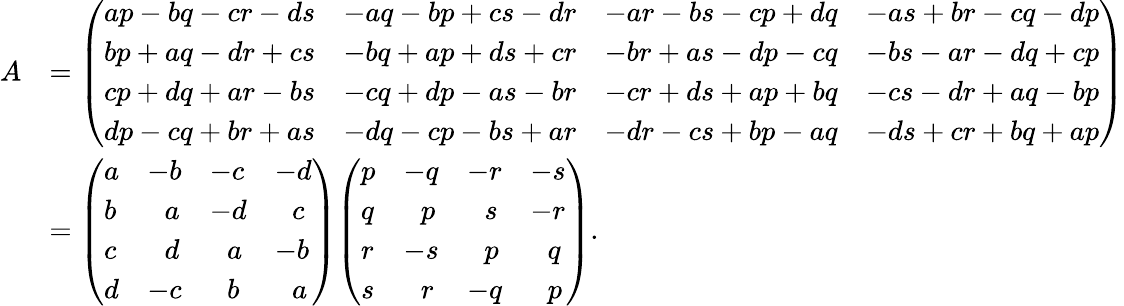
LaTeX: {\begin{array}{rl}{A}&{={\left(\begin{array}{llll}{ap-bq-cr-ds}&{-aq-bp+cs-dr}&{-ar-bs-cp+dq}&{-as+br-cq-dp}\\ {bp+aq-dr+cs}&{-bq+ap+ds+cr}&{-br+as-dp-cq}&{-bs-ar-dq+cp}\\ {cp+dq+ar-bs}&{-cq+dp-as-br}&{-cr+ds+ap+bq}&{-cs-dr+aq-bp}\\ {dp-cq+br+as}&{-dq-cp-bs+ar}&{-dr-cs+bp-aq}&{-ds+cr+bq+ap}\end{array}\right)}}\\ &{={\left(\begin{array}{llll}{a}&{-b}&{-c}&{-d}\\ {b}&{\; \, \, a}&{-d}&{\; \, \, c}\\ {c}&{\; \, \, d}&{\; \, \, a}&{-b}\\ {d}&{-c}&{\; \, \, b}&{\; \, \, a}\end{array}\right)}{\left(\begin{array}{llll}{p}&{-q}&{-r}&{-s}\\ {q}&{\; \, \, p}&{\; \, \, s}&{-r}\\ {r}&{-s}&{\; \, \, p}&{\; \, \, q}\\ {s}&{\; \, \, r}&{-q}&{\; \, \, p}\end{array}\right)}.}\end{array}}